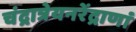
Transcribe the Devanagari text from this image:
चंद्रात्रेयनरेंद्राणां